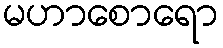
မဟာစောရော